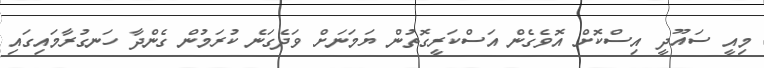
މިއީ ސައޫދީ އިސްކޮށް އޮވެގެން އަސްކަރީގޮތުން ޔަމަނަށް ވަދެގަނެ ކުރަމުން ގެންދާ ހަނގުރާމައިގައި